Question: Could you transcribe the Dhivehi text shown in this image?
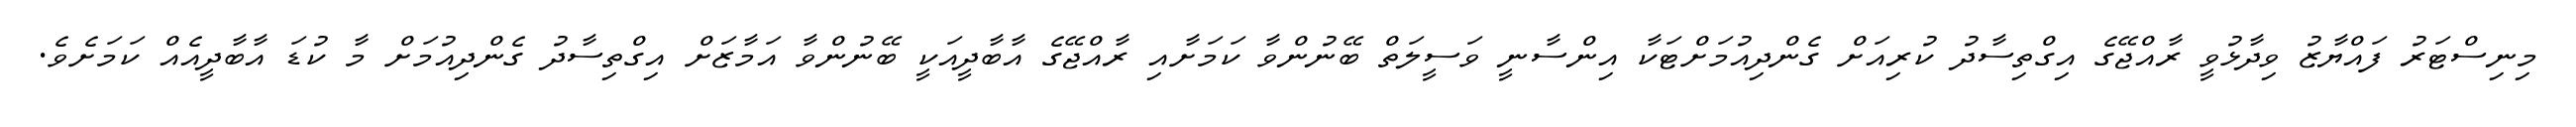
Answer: މިނިސްޓަރު ފައްޔާޒު ވިދާޅުވީ ރާއްޖޭގެ އިގްތިސާދު ކުރިއަށް ގެންދިއުމަށްޓަކާ އިންސާނީ ވަސީލަތް ބޭނުންވާ ކަމަށާއި ރާއްޖޭގެ އާބާދީއަކީ ބޭނުންވާ އަމާޒަށް އިގްތިސާދު ގެންދިއުމަށް މާ ކުޑަ އާބާދީއެއް ކަމަށެވެ.